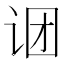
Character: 𬣫